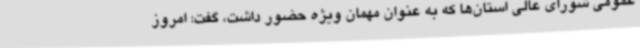
عمومی شورای عالی استان‌ها که به عنوان مهمان ویژه حضور داشت، گفت: امروز